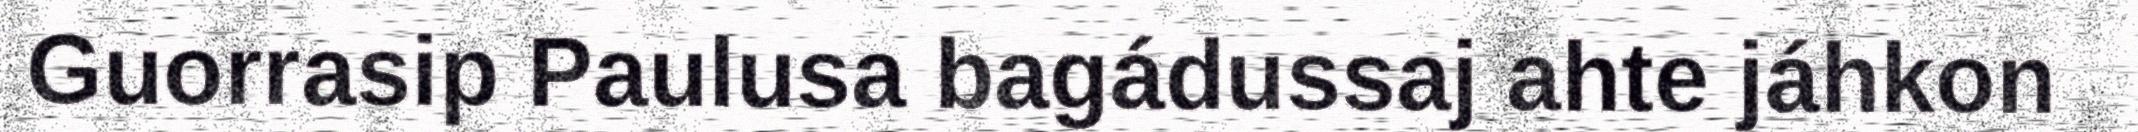
Guorrasip Paulusa bagádussaj ahte jáhkon